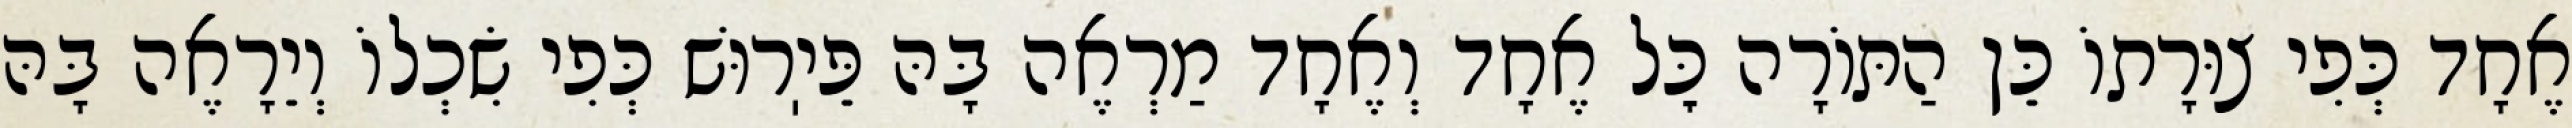
אֶחָד כְּפִי צוּרָתוֹ כֵּן הַתּוֹרָה כׇּל אֶחָד וְאֶחָד מַרְאֶה בָּהּ פֵּיֽרוּשׁ כְּפִי שִׂכְלוֹ וְיֵרָאֶה בָּהּ